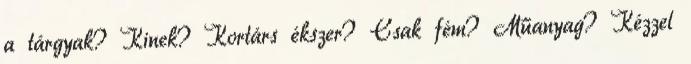
a tárgyak? Kinek? Kortárs ékszer? Csak fém? Műanyag? Kézzel